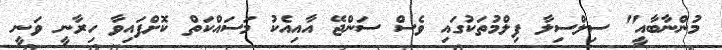
މުންނާބާއީ" ސިލްސިލާ ފިލްމުތަކުގައި ވެސް ސަންޖޭ އާއިއެކު މަސައްކަތް ކޮށްފައިވާ ހިރާނީ ވަނީ